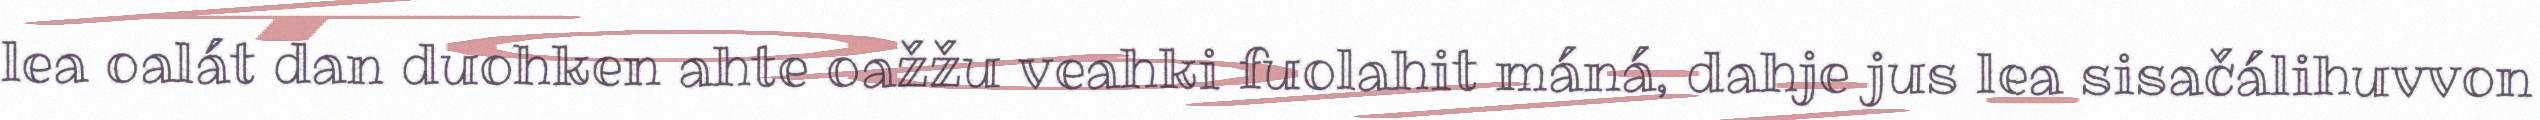
lea oalát dan duohken ahte oažžu veahki fuolahit máná, dahje jus lea sisačálihuvvon